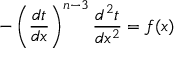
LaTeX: - \left( { \frac { d t } { d x } } \right) ^ { n - 3 } { \frac { d ^ { 2 } t } { d x ^ { 2 } } } = f ( x )